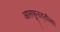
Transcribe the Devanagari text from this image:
आसफूउद्दौला।